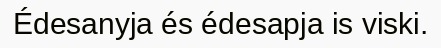
Édesanyja és édesapja is viski.